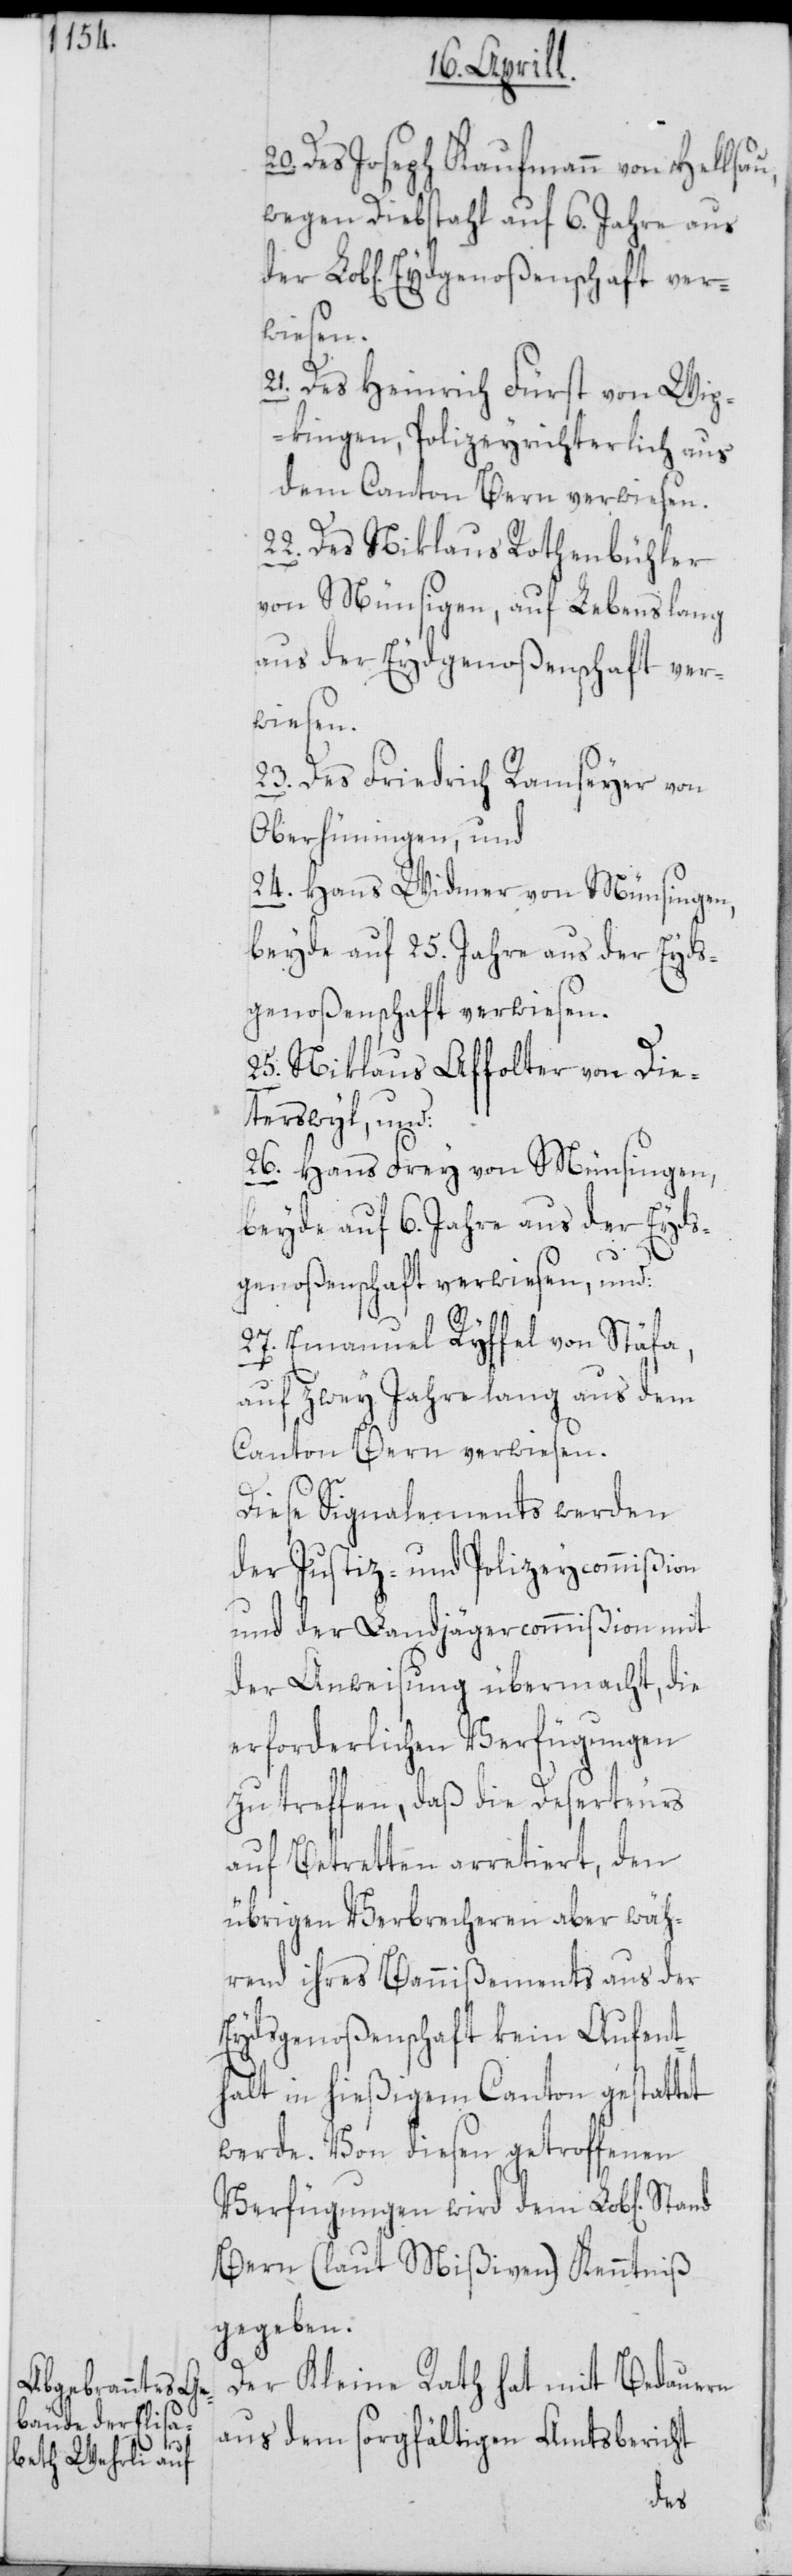
Eyd¬

Des Joseph Kaufmann von Hellsa¬
wegen Diebstahl auf 6. Jahre aus
21. Des Heinrich Fürst von Wip¬
kingen, Polizeyrichterlich aus
dem Canton Bern verwiesen.
22. Des Niklaus Rothenbühler
aus der Eydgenoßenschaft ver¬
wiesen.
23. Des Friedrich Ramseyer von
Oberhüningen, und
24. Hans Widmer von Münsingen,
beyde auf 25. Jahre aus der Eyds¬
genoßenschaft verwiesen.
25. Niklaus Affolter von Die¬
terswyl, und:
26. Hans Frey von Münsingen,
beyde auf 6. Jahre aus der Eyds¬
genoßenschaft verwiesen, und:
27. Emanuel Ryffel von Stäfa,
auf zwey Jahre lang aus dem
Canton Bern verwiesen.
Diese Signalements werden
der Justiz- und Polizeycommißion
und der Landjägercommißion mit
der Anweisung übermacht, die
erforderlichen Verfügungen
zu treffen, daß die Deserteurs
auf Betretten arretiert, den
übrigen Verbrecheren aber wäh¬
rend ihres Bannißements aus der
Eydsgenoßenschaft kein Aufent¬
halt in hießigem Canton gestattet
werde. Von diesen getroffenen
Verfügungen wird dem Lob[lichen]
Bern (laut Mißiven) Kenntniß
gegeben.
Der Kleine Rath hat mit Bedauern
aus dem sorgfältigen Amtsbericht
der